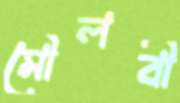
মৌলবী